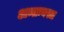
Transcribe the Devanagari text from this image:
अन्तःवस्त्र